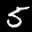
Label: 5